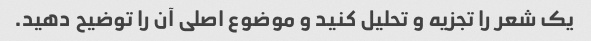
یک شعر را تجزیه و تحلیل کنید و موضوع اصلی آن را توضیح دهید.